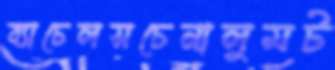
ব্যাচেলসচেনালুমট